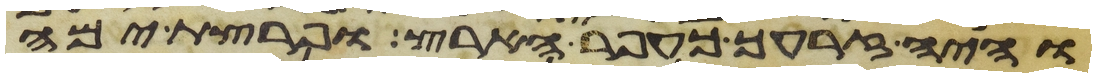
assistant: והיה זרעך כעפר הארץ ופרצת ימה